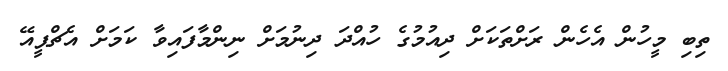
ތިބި މީހުން އެހެން ރަށްތަކަށް ދިއުމުގެ ހުއްދަ ދިނުމަށް ނިންމާފައިވާ ކަމަށް އެޗްޕީއޭ